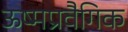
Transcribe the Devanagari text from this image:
ऊष्मप्रवैगिक